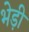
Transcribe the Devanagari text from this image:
भेड़ी